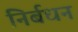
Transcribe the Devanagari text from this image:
निर्बधन